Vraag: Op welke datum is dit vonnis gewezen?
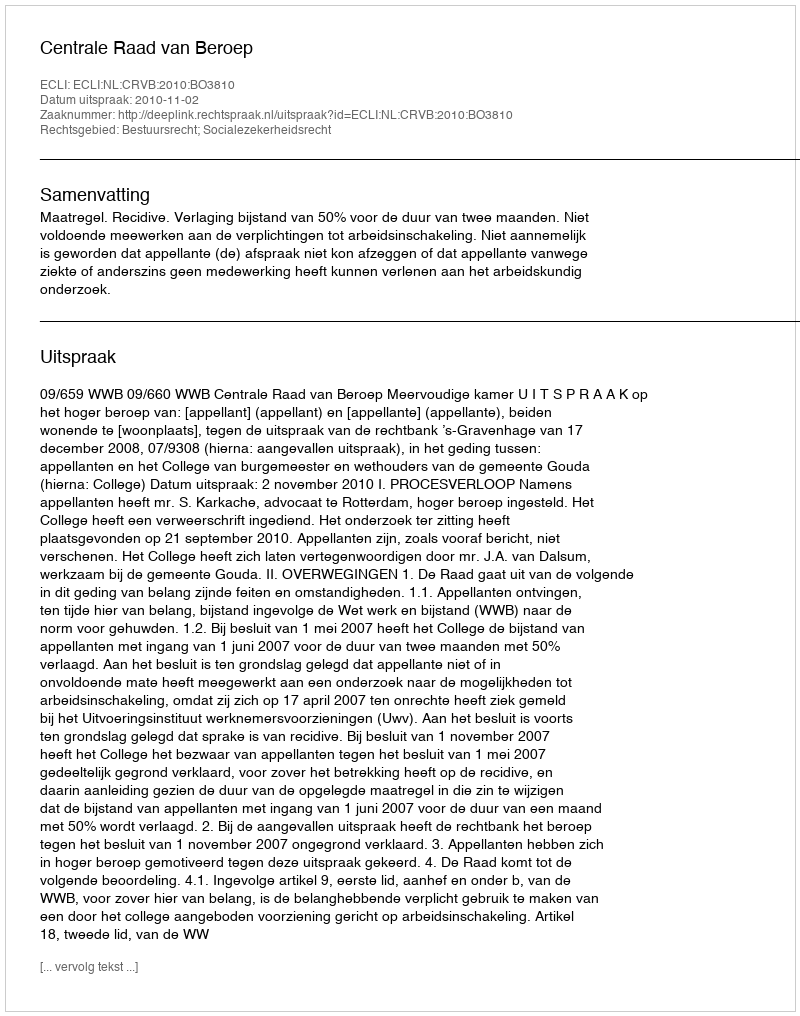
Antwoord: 2010-11-02